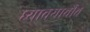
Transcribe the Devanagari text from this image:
घ्यावयाचीच